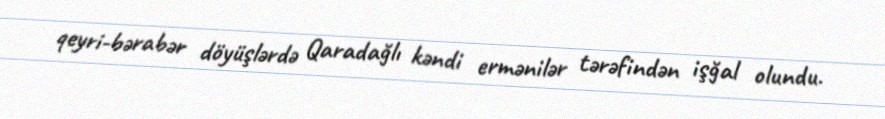
qeyri-bərabər döyüşlərdə Qaradağlı kəndi ermənilər tərəfindən işğal olundu.